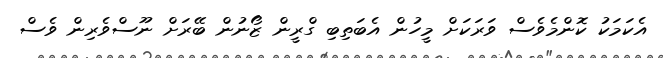
އެކަމަކު ކޮންމެވެސް ވަރަކަށް މީހުން އެބަތިބި ގްރީން ޒޯނުން ބޭރަށް ނޫސްވެރިން ވެސް